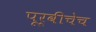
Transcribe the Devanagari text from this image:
पूर्वीचेच